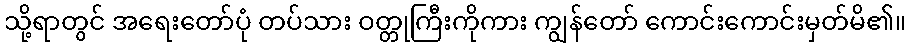
သို့ရာတွင် အရေးတော်ပုံ တပ်သား ဝတ္တုကြီးကိုကား ကျွန်တော် ကောင်းကောင်းမှတ်မိ၏။